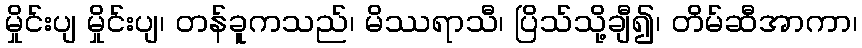
မှိုင်းပျ မှိုင်းပျ၊ တန်ခူကသည်၊ မိဿရာသီ၊ ပြိသ်သို့ချီ၍၊ တိမ်ဆီအာကာ၊